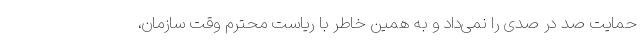
حمایت صد در صدی را نمی‌داد و به همین خاطر با ریاست محترم وقت سازمان،